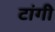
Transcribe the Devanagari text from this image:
टांगी